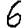
Digit: 6